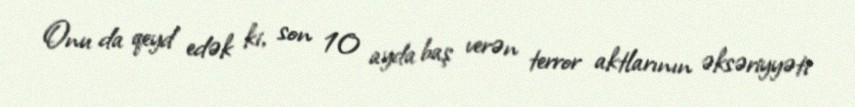
Onu da qeyd edək ki, son 10 ayda baş verən terror aktlarının əksəriyyəti